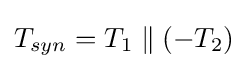
T_{syn}=T_{1}\parallel (-T_{2})